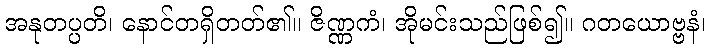
အနုတပ္ပတိ၊ နောင်တရှိတတ်၏။ ဇိဏ္ဏကံ၊ အိုမင်းသည်ဖြစ်၍။ ဂတယောဗ္ဗနံ၊